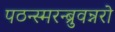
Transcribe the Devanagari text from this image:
पठन्स्मरन्ब्रुवन्नरो